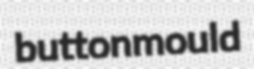
buttonmould